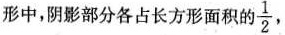
形中，阴影部分各占长方形面积的\frac{1}{2}，